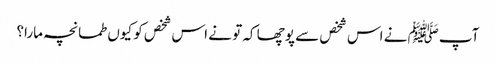
آپﷺ نے اس شخص سے پوچھا کہ تو نے اس شخص کو کیوں طمانچہ مارا؟